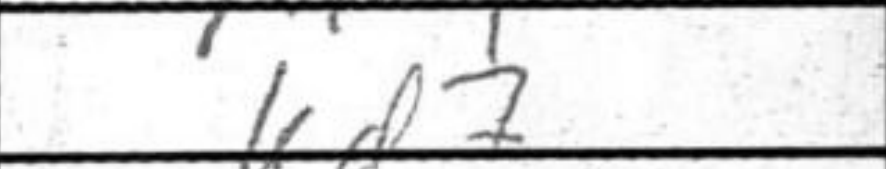
Transcription: Kd7